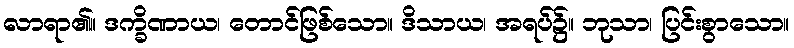
လာရာ၏။ ဒက္ခိဏာယ၊ တောင်ဖြစ်သော။ ဒိသာယ၊ အရပ်၌။ ဘုသာ၊ ပြင်းစွာသော။